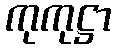
ကုကုဋ္ဌာ